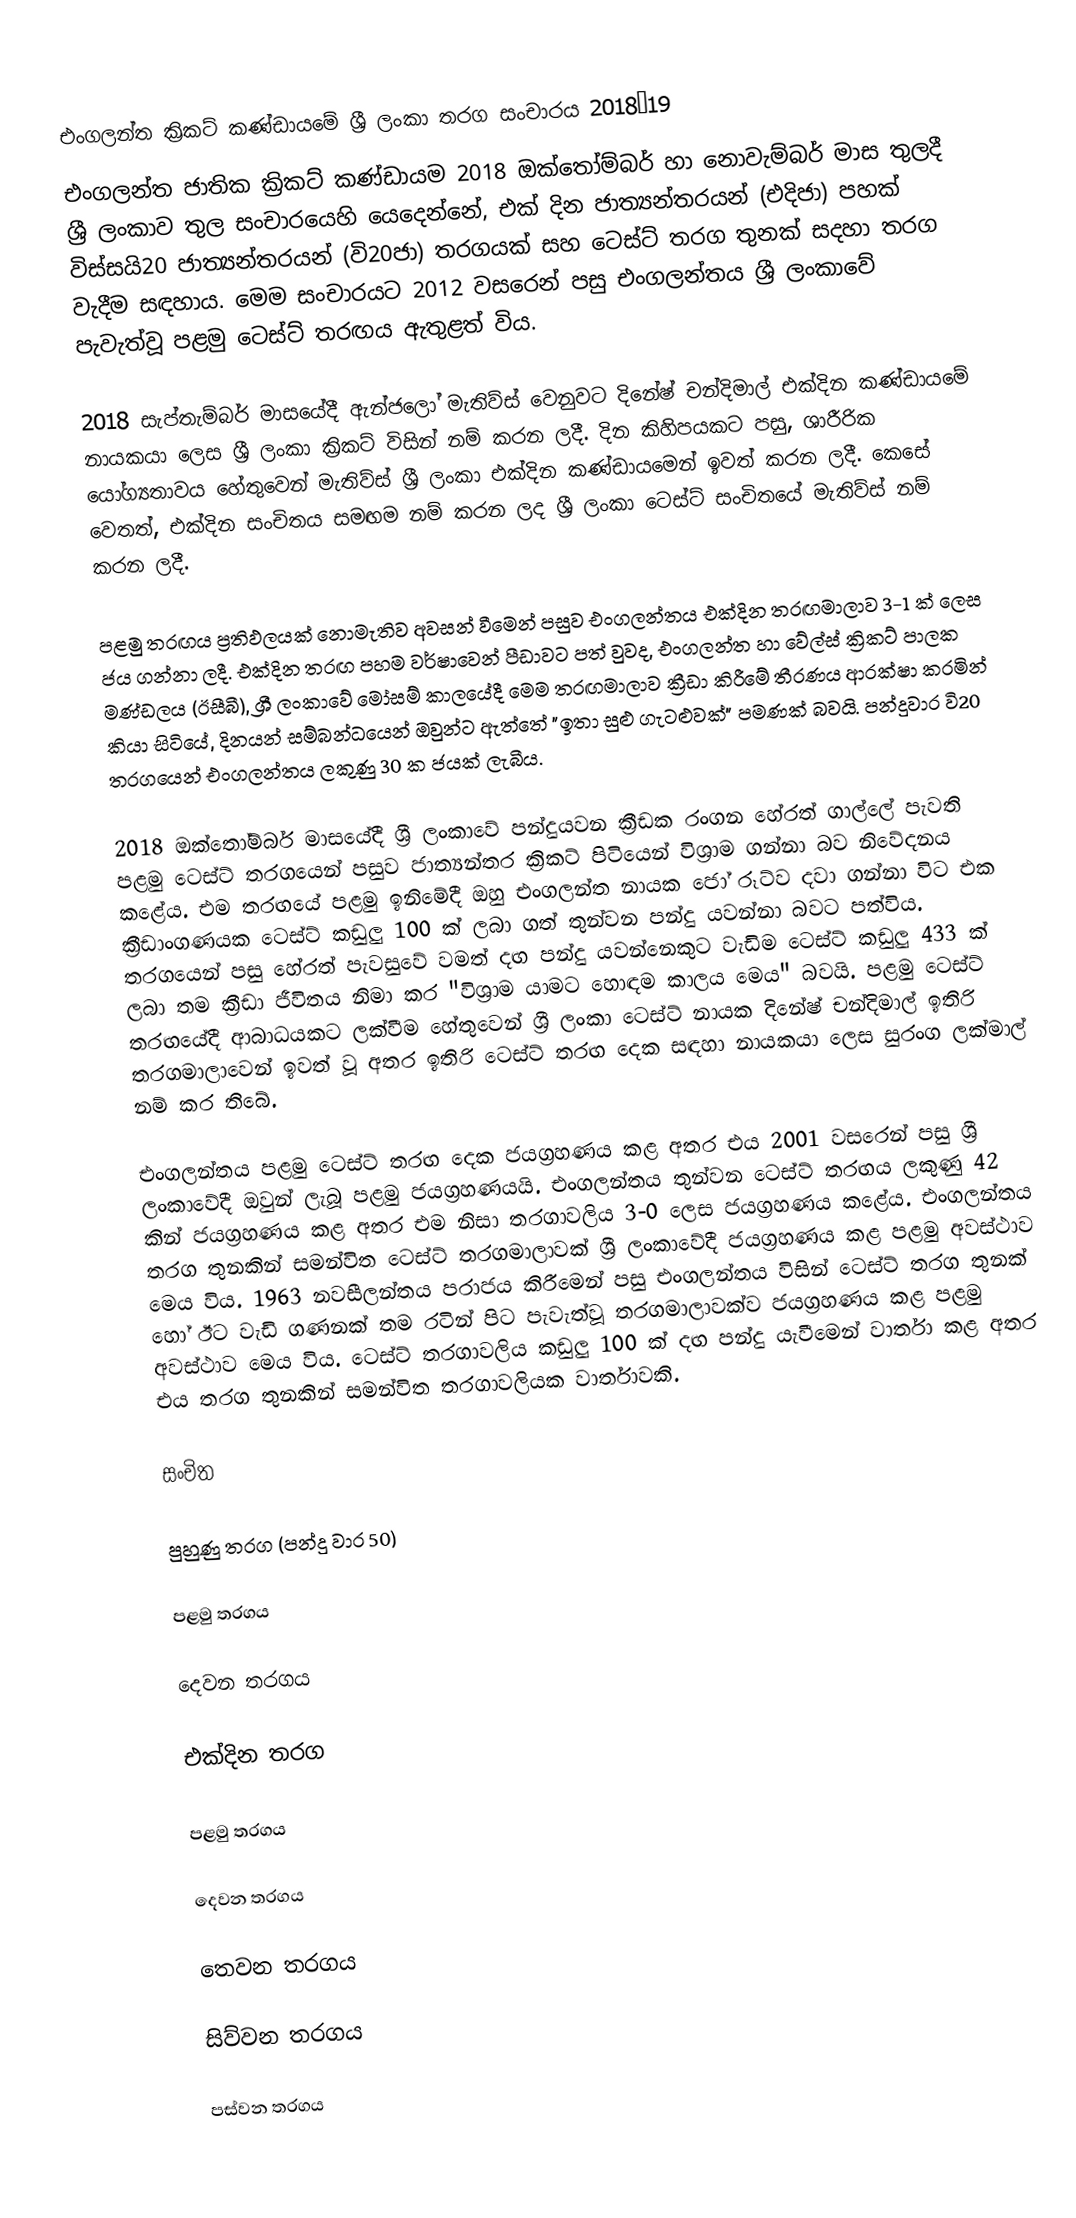

එංගලන්ත ක්‍රිකට් කණ්ඩායමේ ශ්‍රී ලංකා තරග සංචාරය 2018–19
එංගලන්ත ජාතික ක්‍රිකට් කණ්ඩායම 2018 ඔක්තෝම්බර් හා නොවැම්බර් මාස තුලදී ශ්‍රී ලංකාව තුල සංචාරයෙහි යෙදෙන්නේ, එක් දින ජාත්‍යන්තරයන් (එදිජා) පහක්  විස්සයි20 ජාත්‍යන්තරයන් (වි20ජා) තරගයක් සහ ටෙස්ට් තරග තුනක් සදහා තරග වැදීම සඳහාය. මෙම සංචාරයට 2012 වසරෙන් පසු එංගලන්තය ශ්‍රී ලංකාවේ පැවැත්වූ පළමු ටෙස්ට් තරඟය ඇතුළත් විය.

2018 සැප්තැම්බර් මාසයේදී ඇන්ජලෝ මැතිව්ස් වෙනුවට දිනේෂ් චන්දිමාල් එක්දින කණ්ඩායමේ නායකයා ලෙස ශ්‍රී ලංකා ක්‍රිකට් විසින් නම් කරන ලදී. දින කිහිපයකට පසු, ශාරීරික යෝග්‍යතාවය හේතුවෙන් මැතිව්ස් ශ්‍රී ලංකා එක්දින කණ්ඩායමෙන් ඉවත් කරන ලදී. කෙසේ වෙතත්, එක්දින සංචිතය සමඟම නම් කරන ලද ශ්‍රී ලංකා ටෙස්ට් සංචිතයේ මැතිව්ස් නම් කරන ලදී.

පළමු තරඟය ප්‍රතිඵලයක් නොමැතිව අවසන් වීමෙන් පසුව එංගලන්තය එක්දින තරඟමාලාව 3-1 ක් ලෙස ජය ගන්නා ලදී. එක්දින තරඟ පහම වර්ෂාවෙන් පීඩාවට පත් වුවද, එංගලන්ත හා වේල්ස් ක්‍රිකට් පාලක මණ්ඩලය (ඊසීබී), ශ්‍රී ලංකාවේ මෝසම් කාලයේදී මෙම තරඟමාලාව ක්‍රීඩා කිරීමේ තීරණය ආරක්ෂා කරමින් කියා සිටියේ, දිනයන් සම්බන්ධයෙන් ඔවුන්ට ඇත්තේ "ඉතා සුළු ගැටළුවක්" පමණක් බවයි. පන්දුවාර වි20 තරගයෙන් එංගලන්තය ලකුණු 30 ක ජයක් ලැබීය.

2018 ඔක්තෝම්බර් මාසයේදී ශ්‍රී ලංකාවේ පන්දුයවන ක්‍රීඩක රංගන හේරත් ගාල්ලේ පැවති පළමු ටෙස්ට් තරගයෙන් පසුව ජාත්‍යන්තර ක්‍රිකට් පිටියෙන් විශ්‍රාම ගන්නා බව නිවේදනය කළේය. එම තරඟයේ පළමු ඉනිමේදී ඔහු එංගලන්ත නායක ජෝ රූට්ව දවා ගන්නා විට එක ක්‍රීඩාංගණයක ටෙස්ට් කඩුලු 100 ක් ලබා ගත් තුන්වන පන්දු යවන්නා බවට පත්විය. තරගයෙන් පසු හේරත් පැවසුවේ වමත් දඟ පන්දු යවන්නෙකුට වැඩිම ටෙස්ට් කඩුලු 433 ක් ලබා තම ක්‍රීඩා ජීවිතය නිමා කර "විශ්‍රාම යාමට හොඳම කාලය මෙය" බවයි. පළමු ටෙස්ට් තරඟයේදී ආබාධයකට ලක්වීම හේතුවෙන් ශ්‍රී ලංකා ටෙස්ට් නායක දිනේෂ් චන්දිමාල් ඉතිරි තරගමාලාවෙන් ඉවත් වූ අතර ඉතිරි ටෙස්ට් තරඟ දෙක සඳහා නායකයා ලෙස සුරංග ලක්මාල් නම් කර තිබේ.

එංගලන්තය පළමු ටෙස්ට් තරඟ දෙක ජයග්‍රහණය කළ අතර එය 2001 වසරෙන් පසු ශ්‍රී ලංකාවේදී ඔවුන් ලැබූ පළමු ජයග්‍රහණයයි. එංගලන්තය තුන්වන ටෙස්ට් තරඟය ලකුණු 42 කින් ජයග්‍රහණය කළ අතර එම නිසා තරගාවලිය 3-0 ලෙස ජයග්‍රහණය කළේය. එංගලන්තය තරග තුනකින් සමන්විත ටෙස්ට් තරගමාලාවක් ශ්‍රී ලංකාවේදී ජයග්‍රහණය කළ පළමු අවස්ථාව මෙය විය. 1963 නවසීලන්තය පරාජය කිරීමෙන් පසු එංගලන්තය විසින් ටෙස්ට් තරග තුනක් හෝ ඊට වැඩි ගණනක් තම රටින් පිට පැවැත්වූ තරගමාලාවක්ව ජයග්‍රහණය කළ පළමු අවස්ථාව මෙය විය. ටෙස්ට් තරගාවලිය කඩුලු 100 ක් දඟ පන්දු යැවීමෙන් වාර්තා කළ අතර එය තරග තුනකින් සමන්විත තරගාවලියක වාර්තාවකි.

සංචිත

පුහුණු තරග (පන්දු වාර 50)

පළමු තරගය

දෙවන තරගය

එක්දින තරග

පළමු තරගය

දෙවන තරගය

තෙවන තරගය

සිව්වන තරගය

පස්වන තරගය